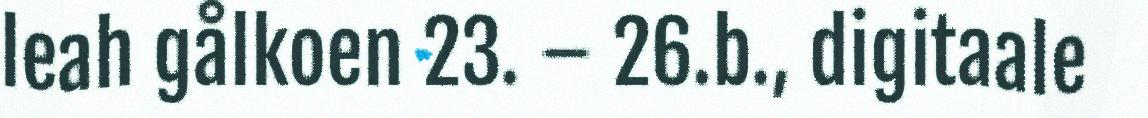
leah gålkoen 23. – 26.b., digitaale